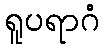
ရူပရာဂံ